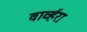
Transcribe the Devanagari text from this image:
वार्व्हरा